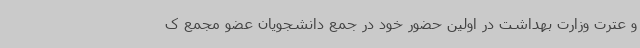
و عترت وزارت بهداشت در اولین حضور خود در جمع دانشجویان عضو مجمع ک